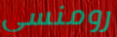
رومنسي